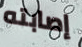
إصابته